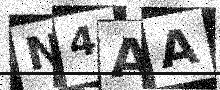
Text: N4AA